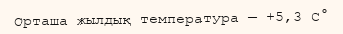
Орташа жылдық температура — +5,3 C°